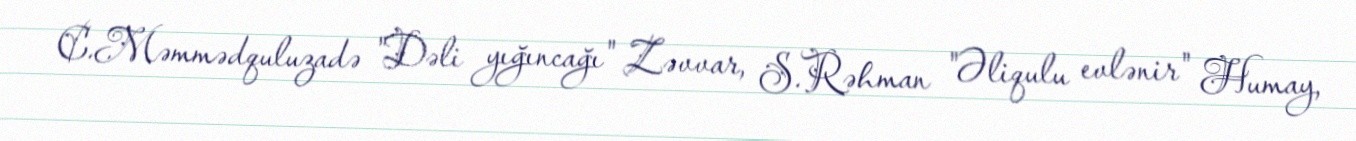
C.Məmmədquluzadə "Dəli yığıncağı" Zəvvar, S.Rəhman "Əliqulu evlənir" Humay,